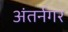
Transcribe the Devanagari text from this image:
अंतर्नगर